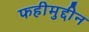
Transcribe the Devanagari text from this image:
फहीमुद्दीन